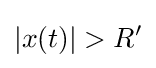
|x(t)|>R'